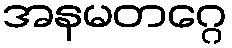
အနမတဂ္ဂေ